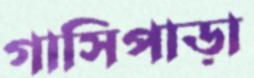
গাসিপাড়া